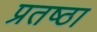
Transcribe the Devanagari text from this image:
प्रतष्ठा